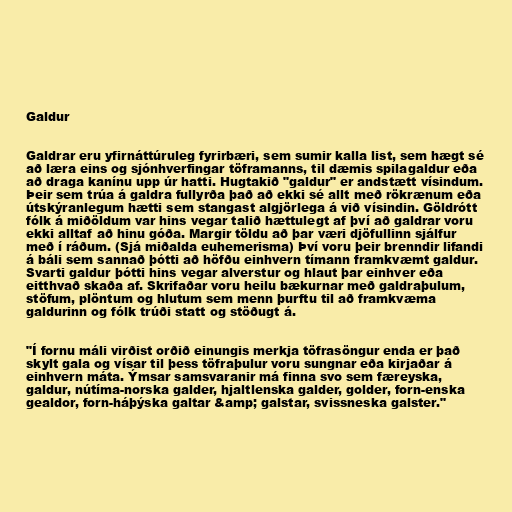
Galdur

Galdrar eru yfirnáttúruleg fyrirbæri, sem sumir kalla list, sem hægt sé
að læra eins og sjónhverfingar töframanns, til dæmis spilagaldur eða
að draga kanínu upp úr hatti. Hugtakið "galdur" er andstætt vísindum.
Þeir sem trúa á galdra fullyrða það að ekki sé allt með rökrænum eða
útskýranlegum hætti sem stangast algjörlega á við vísindin. Göldrótt
fólk á miðöldum var hins vegar talið hættulegt af því að galdrar voru
ekki alltaf að hinu góða. Margir töldu að þar væri djöfullinn sjálfur
með í ráðum. (Sjá miðalda euhemerisma) Því voru þeir brenndir lifandi
á báli sem sannað þótti að höfðu einhvern tímann framkvæmt galdur.
Svarti galdur þótti hins vegar alverstur og hlaut þar einhver eða
eitthvað skaða af. Skrifaðar voru heilu bækurnar með galdraþulum,
stöfum, plöntum og hlutum sem menn þurftu til að framkvæma
galdurinn og fólk trúði statt og stöðugt á.

"Í fornu máli virðist orðið einungis merkja töfrasöngur enda er það
skylt gala og vísar til þess töfraþulur voru sungnar eða kirjaðar á
einhvern máta. Ýmsar samsvaranir má finna svo sem færeyska,
galdur, nútíma-norska galder, hjaltlenska galder, golder, forn-enska
gealdor, forn-háþýska galtar &amp; galstar, svissneska galster."